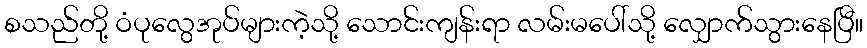
စသည်တို့ ဝံပုလွေအုပ်များကဲ့သို့ သောင်းကျန်းရာ လမ်းမပေါ်သို့ လျှောက်သွားနေပြီ။